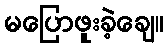
မပြောဖူးခဲ့ချေ။